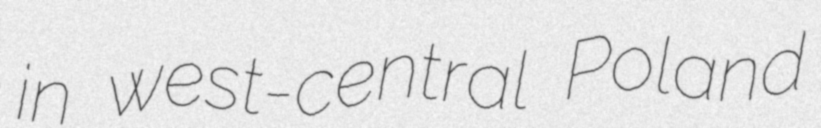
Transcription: in west-central Poland